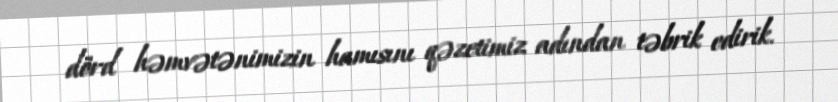
dörd həmvətənimizin hamısını qəzetimiz adından təbrik edirik.